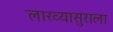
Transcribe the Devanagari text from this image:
लाख्यासुराला